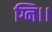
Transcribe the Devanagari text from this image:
ग्नि।।